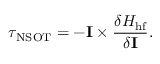
\boldsymbol \tau _ { \mathrm { N S O T } } = - \mathbf { I } \times \frac { \delta H _ { \mathrm { h f } } } { \delta \mathbf { I } } .